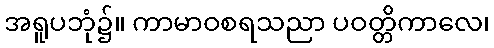
အရူပဘုံ၌။ ကာမာဝစရသညာ ပဝတ္တိကာလေ၊